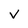
Character: v